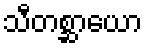
သီတစ္ဆာယော